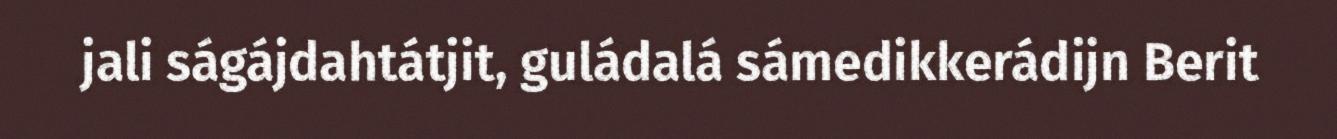
jali ságájdahtátjit, guládalá sámedikkerádijn Berit